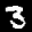
Label: 3